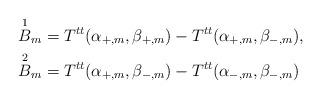
LaTeX: \begin{align*} \overset{1}{B}_m&=T^{tt}(\alpha_{+,m},\beta_{+,m})-T^{tt}(\alpha_{+,m},\beta_{-,m}),\\ \overset{2}{B}_m&=T^{tt}(\alpha_{+,m},\beta_{-,m})-T^{tt}(\alpha_{-,m},\beta_{-,m})\end{align*}